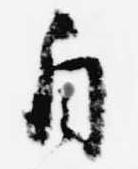
自